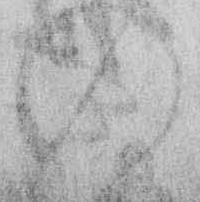
の